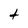
Character: t